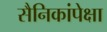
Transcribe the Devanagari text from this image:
सैनिकांपेक्षा